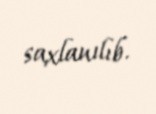
saxlanılıb.